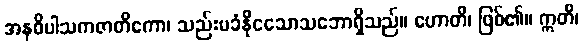
အနဓိပါသကဇာတိကော၊ သည်းမခံနိုငသောသဘောရှိသည်။ ဟောတိ၊ ဖြစ်၏။ ဣတိ၊